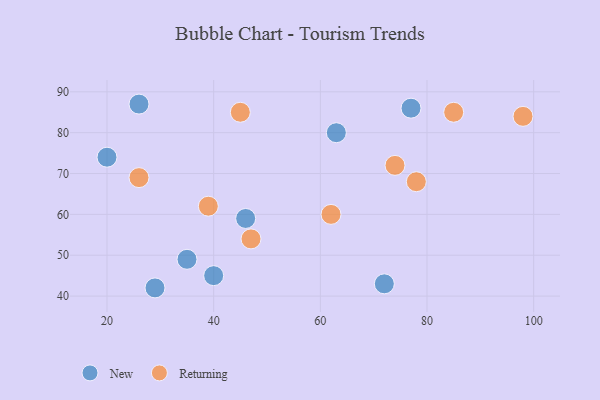
{"axis": {"x": "GDP", "y": "Life Expectancy"}, "legend": ["New", "Returning"], "data": [{"x": "72", "y": 43, "type": "New"}, {"x": "46", "y": 59, "type": "New"}, {"x": "20", "y": 74, "type": "New"}, {"x": "26", "y": 87, "type": "New"}, {"x": "40", "y": 45, "type": "New"}, {"x": "77", "y": 86, "type": "New"}, {"x": "29", "y": 42, "type": "New"}, {"x": "63", "y": 80, "type": "New"}, {"x": "35", "y": 49, "type": "New"}, {"x": "45", "y": 85, "type": "Returning"}, {"x": "85", "y": 85, "type": "Returning"}, {"x": "78", "y": 68, "type": "Returning"}, {"x": "62", "y": 60, "type": "Returning"}, {"x": "26", "y": 69, "type": "Returning"}, {"x": "98", "y": 84, "type": "Returning"}, {"x": "74", "y": 72, "type": "Returning"}, {"x": "47", "y": 54, "type": "Returning"}, {"x": "39", "y": 62, "type": "Returning"}]}